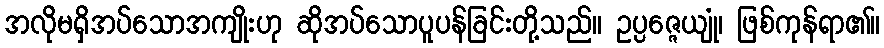
အလိုမရှိအပ်သောအကျိုးဟု ဆိုအပ်သောပူပန်ခြင်းတို့သည်။ ဥပ္ပဇ္ဇေယျုံ၊ ဖြစ်ကုန်ရာ၏။